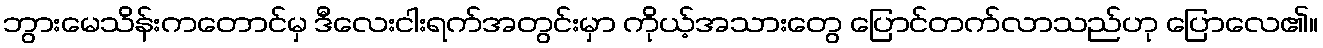
ဘွားမေသိန်းကတောင်မှ ဒီလေးငါးရက်အတွင်းမှာ ကိုယ့်အသားတွေ ပြောင်တက်လာသည်ဟု ပြောလေ၏။